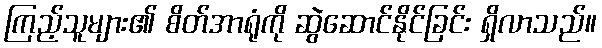
ကြည့်သူများ၏ စိတ်အာရုံကို ဆွဲဆောင်နိုင်ခြင်း ရှိလာသည်။